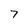
Character: 7